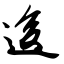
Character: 逡